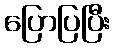
ပြောပြပြီး